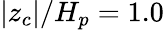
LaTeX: |z_{c}|/H_{p}=1.0